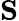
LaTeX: \mathrm{\mathbf S}